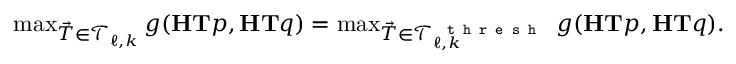
\begin{array} { r } { \operatorname* { m a x } _ { \vec { T } \in \mathcal { T } _ { \ell , k } } g ( \mathbf { H } \mathbf { T } p , \mathbf { H } \mathbf { T } q ) = \operatorname* { m a x } _ { \vec { T } \in \mathcal { T } _ { \ell , k } ^ { \textup { \texttt { t h r e s h } } } } g ( \mathbf { H } \mathbf { T } p , \mathbf { H } \mathbf { T } q ) . } \end{array}